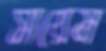
সায়েম